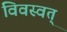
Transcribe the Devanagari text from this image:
विवस्वत्